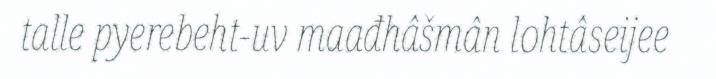
talle pyerebeht-uv maađhâšmân lohtâseijee